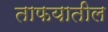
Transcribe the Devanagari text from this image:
ताफयातील